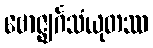
ဗောဇ္ဈင်္ဂသံယုတဿ